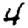
Digit: 4